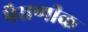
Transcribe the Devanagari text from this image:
पैराणीक